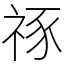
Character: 𥙮